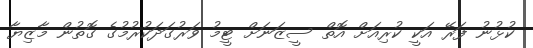
ކުޅުނު ފަރޭ އަކީ ކުރިއަށް އޮތް ސީޒަނަށް ޓީމު ވަރުގަދަކުރުމުގެ ގޮތުން މާޒިޔާ